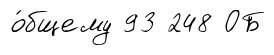
о́бщему 93 248 ОБ